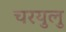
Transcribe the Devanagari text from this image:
चरयुलु